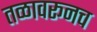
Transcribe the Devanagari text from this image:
तळावरूनच